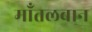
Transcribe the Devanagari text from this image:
मॉंतलबान